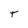
Character: T